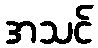
အသင်